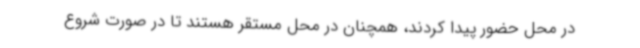
در محل حضور پیدا کردند، همچنان در محل مستقر هستند تا در صورت شروع